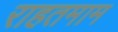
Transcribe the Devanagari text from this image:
राहतमाम